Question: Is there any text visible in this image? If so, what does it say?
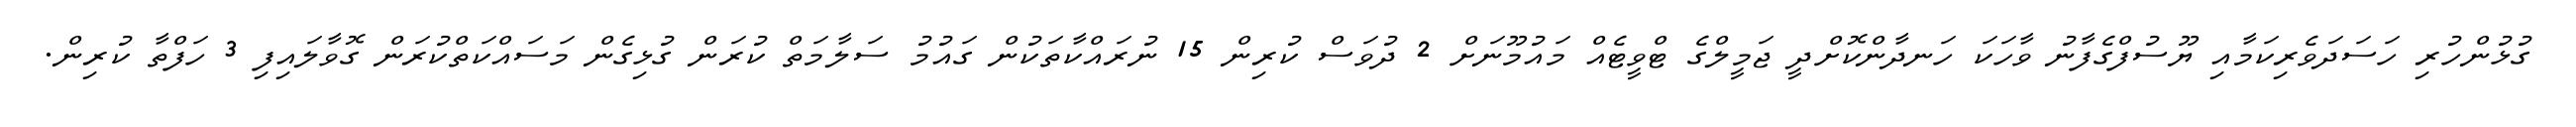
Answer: ގުޅުންހުރި ހަސަދަވެރިކަމާއި ޔޫސުފްގެފާނު ވާހަކަ ހަނދާންކޮށްދީ ޖަމީލްގެ ޓްވީޓެއް މައުމޫނަށް 2 ދުވަސް ކުރިން 15 ނުރައްކާތަކުން ގައުމު ސަލާމަތް ކުރަން ގުޅިގެން މަސައްކަތްކުރަން ގޮވާލައިފި 3 ހަފްތާ ކުރިން.